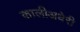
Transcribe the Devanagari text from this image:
कालीअधेरी